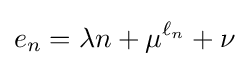
e_{n}={\lambda }n+\mu ^{\ell _{n}}+\nu